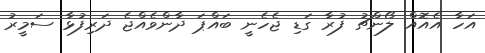
އަހާ އެއޮއް ލޯންޗު ފުރާ ގަޑި ޖެހެނީ ބައްޕަ ދާންވެއްޖެ ދަރިފުޅާ ސަމީރު